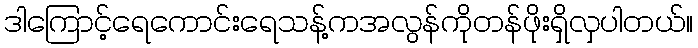
ဒါကြောင့်ရေကောင်းရေသန့်ကအလွန်ကိုတန်ဖိုးရှိလှပါတယ်။